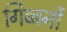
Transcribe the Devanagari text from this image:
गिब्बनों